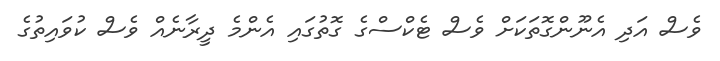
ވެސް އަދި އެނޫންގޮތަކަށް ވެސް ޓެކްސްގެ ގޮތުގައި އެންމެ ދީރާނެއް ވެސް ކުވައިތުގެ